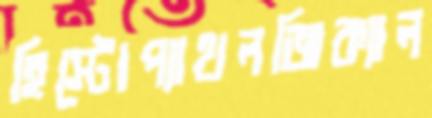
হিস্টোপ্যাথলজিক্যাল